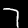
Label: 7